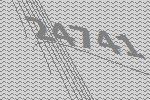
24741